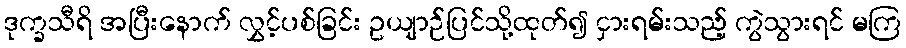
ဒုက္ခသီရိ အပြီးနောက် လွှင့်ပစ်ခြင်း ဥယျာဉ်ပြင်သို့ထုတ်၍ ငှားရမ်းသည့် ကွဲသွားရင် မကြ